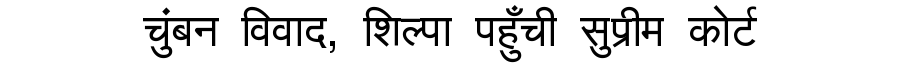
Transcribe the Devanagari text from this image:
चुंबन विवाद, शिल्पा पहुँची सुप्रीम कोर्ट